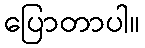
ပြောတာပါ။